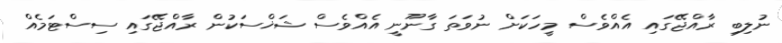
ނުލިބި ރާއްޖޭގައި އެއްވެސް މީހަކަށް ނުވަތަ ގާނޫނީ އެއްވެސް ޝަޚްސަކުން ރާއްޖޭގައި ސިސްޓަމެއް